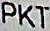
PKT